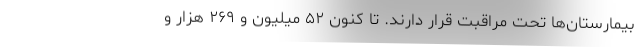
بیمارستان‌ها تحت مراقبت قرار دارند. تا کنون ۵۲ میلیون و ۲۶۹ هزار و